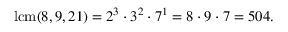
\operatorname { l c m } ( 8 , 9 , 2 1 ) = 2 ^ { 3 } \cdot 3 ^ { 2 } \cdot 7 ^ { 1 } = 8 \cdot 9 \cdot 7 = 5 0 4 .